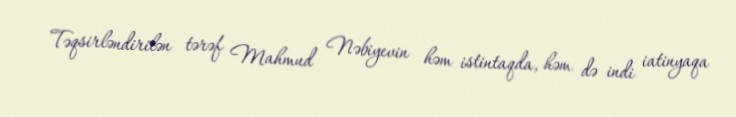
Təqsirləndirilən tərəf Mahmud Nəbiyevin həm istintaqda, həm də indi iatinyaqa